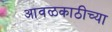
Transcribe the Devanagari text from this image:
आवळकाठीच्या